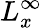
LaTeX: L_{x}^{\infty}